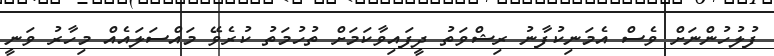
ފުލުހުންނަށް ވެސް އެމަނިކުފާނު ރިޝްވަތު ދީފައިވާކަމަށް ތުހުމަތު ކުރެވޭ މައްސަލައެއް މިހާރު ވަނީ